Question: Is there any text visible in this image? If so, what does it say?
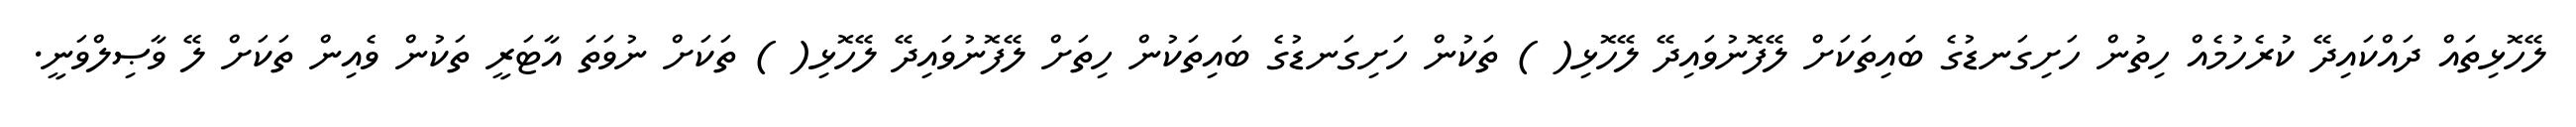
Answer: ލޭހޮޅިތައް ދައްކައިދޭ ކުރެހުމެއް ހިތުން ހަށިގަނޑުގެ ބައިތަކަށް ލޭފޮނުވައިދޭ ލޭހޮޅި( ) ތަކުން ހަށިގަނޑުގެ ބައިތަކުން ހިތަށް ލޭފޮނުވައިދޭ ލޭހޮޅި( ) ތަކަށް ނުވަތަ އާޓަރީ ތަކުން ވެއިން ތަކަށް ލޭ ވާޞިލްވަނީ.